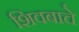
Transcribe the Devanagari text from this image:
शिवबाचे